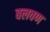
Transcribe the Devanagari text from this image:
बलवण